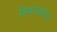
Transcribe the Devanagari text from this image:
भिवगडापेक्षा